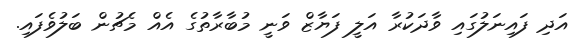
އަދި ފައިނަލުގައި ވާދަކުރާ އަލީ ފަޔާޒް ވަނީ މުބާރާތުގެ އެއް މެޗުން ބަލުވެފައި.